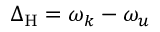
\Delta _ { \mathrm { H } } = \omega _ { k } - \omega _ { u }